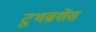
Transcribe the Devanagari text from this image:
टुथब्रशेस